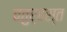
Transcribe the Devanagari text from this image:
चतुर्हस्त